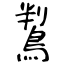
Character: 鵥